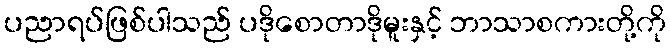
ပညာရပ်ဖြစ်ပါသည် ပဒိုစောတာဒိုမူးနှင့် ဘာသာစကားတို့ကို